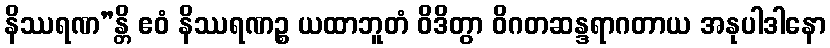
နိဿရဏ”န္တိ ဧဝံ နိဿရဏဉ္စ ယထာဘူတံ ဝိဒိတွာ ဝိဂတဆန္ဒရာဂတာယ အနုပါဒါနော